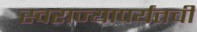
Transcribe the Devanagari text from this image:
स्वराज्यापर्यंतची